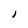
Character: i